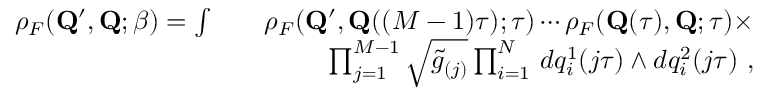
\begin{array} { r l r } { \rho _ { F } ( { \mathbf { Q } ^ { \prime } } , \mathbf { Q } ; \beta ) = \int } & { } & { \rho _ { F } ( { \mathbf { Q } ^ { \prime } } , \mathbf { Q } ( ( M - 1 ) \tau ) ; \tau ) \cdots \rho _ { F } ( \mathbf { Q } ( \tau ) , \mathbf { Q } ; \tau ) \times } \\ & { } & { \prod _ { j = 1 } ^ { M - 1 } \sqrt { \tilde { g } _ { ( j ) } } \prod _ { i = 1 } ^ { N } \, d q _ { i } ^ { 1 } ( j \tau ) \wedge d q _ { i } ^ { 2 } ( j \tau ) ~ , } \end{array}